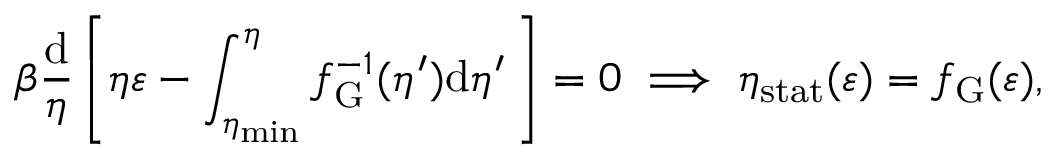
\beta \frac { \mathrm { d } } { \eta } \left[ \eta \varepsilon - \int _ { \eta _ { \mathrm { m i n } } } ^ { \eta } f _ { \mathrm { G } } ^ { - 1 } ( \eta ^ { \prime } ) \mathrm { d } \eta ^ { \prime } \, \right] = 0 \implies \eta _ { \mathrm { s t a t } } ( \varepsilon ) = f _ { \mathrm { G } } ( \varepsilon ) ,